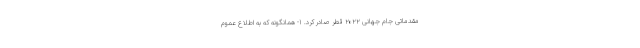
مقدماتی جام جهانی ۲۰۲۲ قطر صادر کرد. ۱- همانگونه که به اطلاع عموم